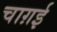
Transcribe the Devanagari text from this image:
चाग़ई